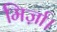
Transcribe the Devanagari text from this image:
मिर्ज़ा।